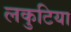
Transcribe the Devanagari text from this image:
लकुटिया